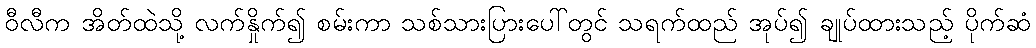
ဝီလီက အိတ်ထဲသို့ လက်နှိုက်၍ စမ်းကာ သစ်သားပြားပေါ်တွင် သရက်ထည် အုပ်၍ ချုပ်ထားသည့် ပိုက်ဆံ